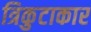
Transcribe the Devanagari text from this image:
त्रिकुटाकार